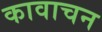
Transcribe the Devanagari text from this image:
कावाचन